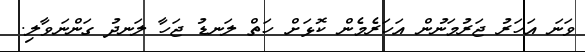
ވަނަ އަހަރު ޖަރުމަނުން އަހަރެމެން ކޮޅަށް ހަތް ލަނޑު ޖަހާ ލަނދު ގަންނަވާލި.